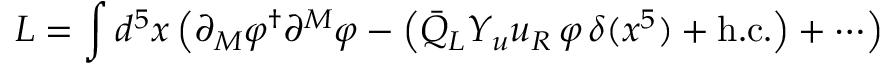
L = \int d ^ { 5 } x \left( \partial _ { M } \varphi ^ { \dagger } \partial ^ { M } \varphi - \left( \bar { Q } _ { L } Y _ { u } u _ { R } \, \varphi \, \delta ( x ^ { 5 } ) + \mathrm { h } . \mathrm { c } . \right) + \cdots \right)